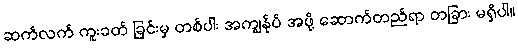
ဆက်လက် ကူးခတ် ခြင်းမှ တစ်ပါး အကျွန်ုပ် အဖို့ ဆောက်တည်ရာ တခြား မရှိပါ။